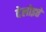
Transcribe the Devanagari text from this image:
देलोइत्ते